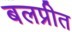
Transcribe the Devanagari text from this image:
बलप्रीत